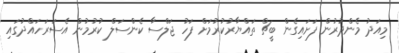
މިއަދު މެންދުރުން ފަށައިގެން ބީޗް ތައްޔާރުކުރުމަށް ފަހު ޖަލްސާ ކެންސަލް ކުރުމުން އެސަރަހައްދުގައި